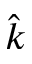
\hat { k }